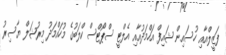
ފަޒީލްއާއި ހުސައިން ޝައިފް އަހްމަދުއާއި އެލްޓީ ސްޕޯޓްސް ކްލަބުގެ މުހައްމަދު މިރުޝަލް ޔާސިރު